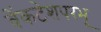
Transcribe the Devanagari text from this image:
वेंकटेशपरभू